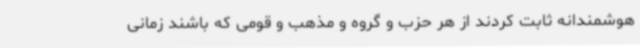
هوشمندانه ثابت کردند از هر حزب و گروه و مذهب و قومی که باشند زمانی